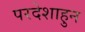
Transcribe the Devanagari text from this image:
परदेशाहुन